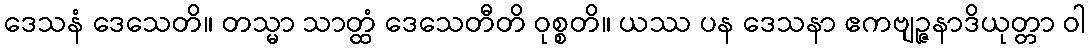
ဒေသနံ ဒေသေတိ။ တသ္မာ သာတ္ထံ ဒေသေတီတိ ဝုစ္စတိ။ ယဿ ပန ဒေသနာ ဧကဗျဉ္ဇနာဒိယုတ္တာ ဝါ